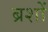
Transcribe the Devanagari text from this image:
ब्रशों